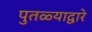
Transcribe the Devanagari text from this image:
पुतळ्याद्वारे